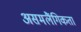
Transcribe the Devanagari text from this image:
असमलैंगिकता